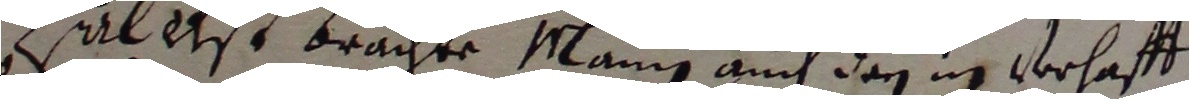
alltst brachte mann auch den ig verhaff